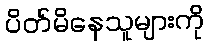
ပိတ်မိနေသူများကို